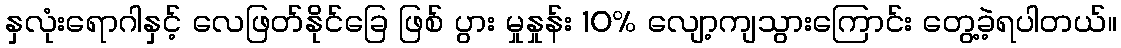
နှလုံးရောဂါနှင့် လေဖြတ်နိုင်ခြေ ဖြစ် ပွား မှုနှုန်း 10% လျော့ကျသွားကြောင်း တွေ့ခဲ့ရပါတယ်။